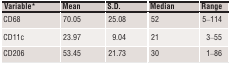
<table><thead><tr><td><b>Variablea</b></td><td><b>Mean</b></td><td><b>S.D.</b></td><td><b>Median</b></td><td><b>Range</b></td></tr></thead><tbody><tr><td>CD68</td><td>70.05</td><td>25.08</td><td>52</td><td>5–114</td></tr><tr><td>CD11c</td><td>23.97</td><td>9.04</td><td>21</td><td>3–55</td></tr><tr><td>CD206</td><td>53.45</td><td>21.73</td><td>30</td><td>1–86</td></tr></tbody></table>